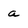
Character: a